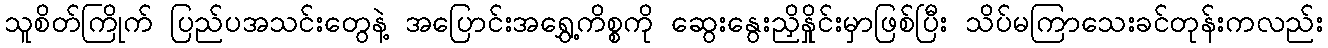
သူစိတ်ကြိုက် ပြည်ပအသင်းတွေနဲ့ အပြောင်းအရွှေ့ကိစ္စကို ဆွေးနွေးညှိနှိုင်းမှာဖြစ်ပြီး သိပ်မကြာသေးခင်တုန်းကလည်း